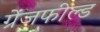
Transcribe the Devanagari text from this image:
ग्रेंजफील्ड